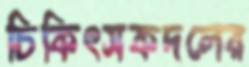
চিকিৎসকদলের